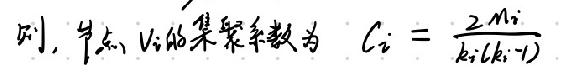
则，节点 \( v_i \) 的聚集系数为 \( C_i = \frac{2M_i}{k_i(k_i - 1)} \)